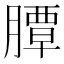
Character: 䐺